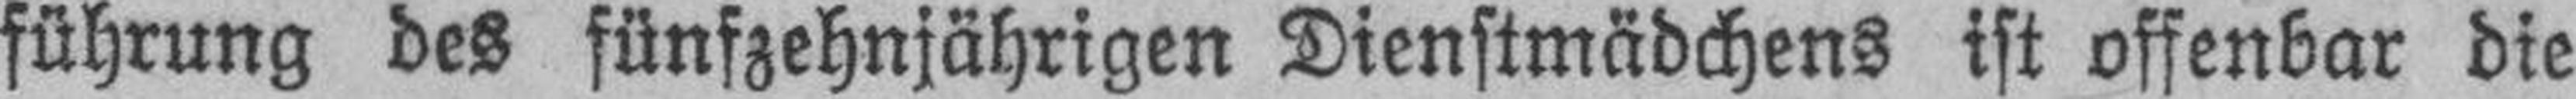
führung des fünfzehnjährigen Dienstmädchens ist offenbar die